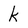
Character: k